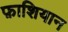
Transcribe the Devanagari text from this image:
फ़ाशियान